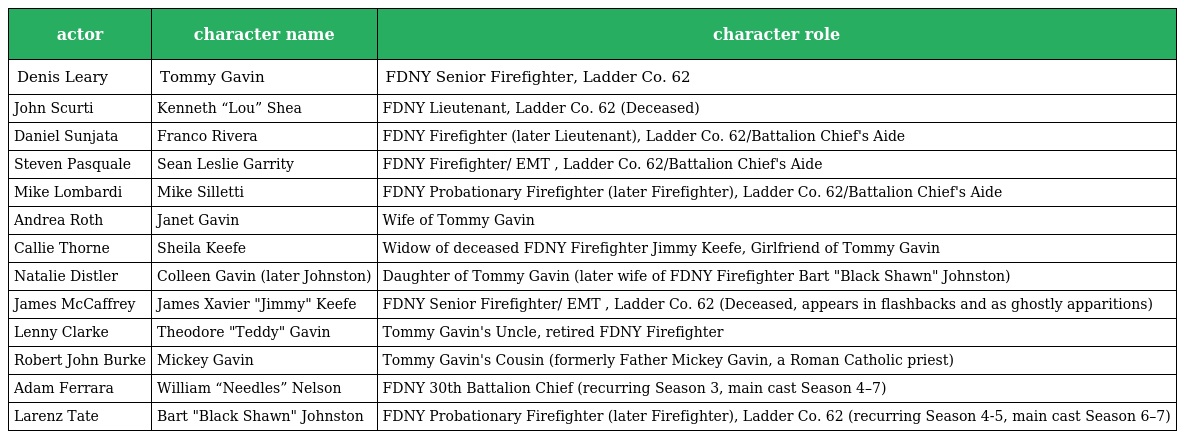
| actor | character name | character role |
 | --- | --- | --- |
 | Denis Leary | Tommy Gavin | FDNY Senior Firefighter, Ladder Co. 62 |
 | John Scurti | Kenneth “Lou” Shea | FDNY Lieutenant, Ladder Co. 62 (Deceased) |
 | Daniel Sunjata | Franco Rivera | FDNY Firefighter (later Lieutenant), Ladder Co. 62/Battalion Chief's Aide |
 | Steven Pasquale | Sean Leslie Garrity | FDNY Firefighter/ EMT , Ladder Co. 62/Battalion Chief's Aide |
 | Mike Lombardi | Mike Silletti | FDNY Probationary Firefighter (later Firefighter), Ladder Co. 62/Battalion Chief's Aide |
 | Andrea Roth | Janet Gavin | Wife of Tommy Gavin |
 | Callie Thorne | Sheila Keefe | Widow of deceased FDNY Firefighter Jimmy Keefe, Girlfriend of Tommy Gavin |
 | Natalie Distler | Colleen Gavin (later Johnston) | Daughter of Tommy Gavin (later wife of FDNY Firefighter Bart "Black Shawn" Johnston) |
 | James McCaffrey | James Xavier "Jimmy" Keefe | FDNY Senior Firefighter/ EMT , Ladder Co. 62 (Deceased, appears in flashbacks and as ghostly apparitions) |
 | Lenny Clarke | Theodore "Teddy" Gavin | Tommy Gavin's Uncle, retired FDNY Firefighter |
 | Robert John Burke | Mickey Gavin | Tommy Gavin's Cousin (formerly Father Mickey Gavin, a Roman Catholic priest) |
 | Adam Ferrara | William “Needles” Nelson | FDNY 30th Battalion Chief (recurring Season 3, main cast Season 4–7) |
 | Larenz Tate | Bart "Black Shawn" Johnston | FDNY Probationary Firefighter (later Firefighter), Ladder Co. 62 (recurring Season 4-5, main cast Season 6–7) |